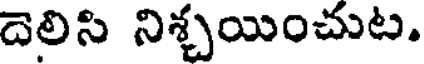
దెలిసి నిశ్చయించుట.